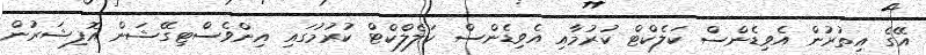
އޭގެ އިތުރުން އެވިޑެންސް ކަލެކްޓް ކުރުމާއި އެވިޑެންސް ކަލެލްކްޓް ކުރުމުގައި އިންވެސްޓިގޭޝަން އޮފިޝަރުން